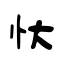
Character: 忕